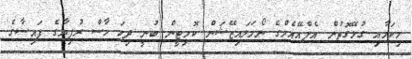
މިކަމާއި ގުޅޭގޮތުން އެފްއޭއެމްގެ ނޯމަލައިޒޭޝަން ކޮމިޓީން ބުނީ ދިހަ ހާސް ރުފިޔާގެ ފައިސާގެ